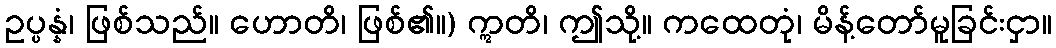
ဥပ္ပန္နံ၊ ဖြစ်သည်။ ဟောတိ၊ ဖြစ်၏။) ဣတိ၊ ဤသို့။ ကထေတုံ၊ မိန့်တော်မူခြင်းငှာ။